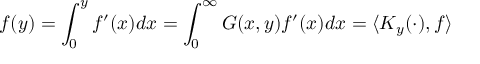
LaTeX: f ( y ) = \int _ { 0 } ^ { y } f ^ { \prime } ( x ) d x = \int _ { 0 } ^ { \infty } G ( x , y ) f ^ { \prime } ( x ) d x = \langle K _ { y } ( \cdot ) , f \rangle